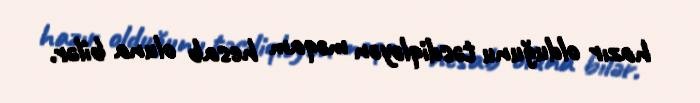
hazır olduğunu təsdiqləyən məqam hesab oluna bilər.